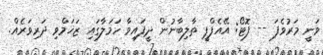
ވަނީ މަރުވެފަ -- ފޮޓޯ: އޭއެފްޕީ ތާލިބާނުން ދީފައިވާ ހަމަލާގައި ޒަޚަމްވި ދަރިވަރެއް.